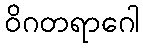
ဝိဂတရာဂေါ